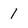
Character: 1